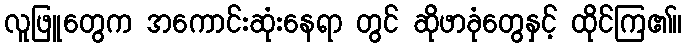
လူဖြူတွေက အကောင်းဆုံးနေရာ တွင် ဆိုဖာခုံတွေနှင့် ထိုင်ကြ၏။